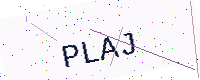
Text: PLAJ